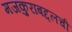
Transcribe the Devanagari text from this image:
मजकुराबद्दलची